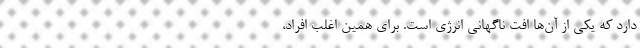
دارد که یکی از آن‌ها افت ناگهانی انرژی است. برای همین اغلب افراد،